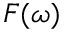
F ( \omega )